Document type: Sale
Year: 1430
Scribe: [Unknown]
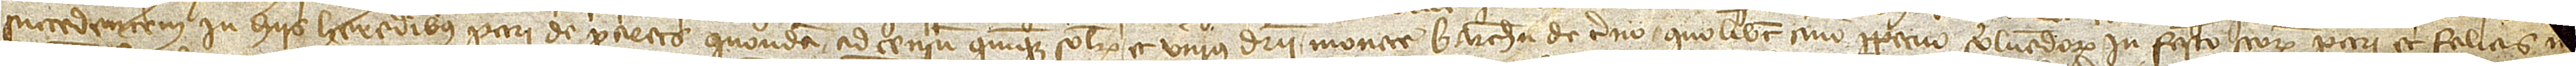
succedentem in hiis heredibus Petri de Parets, quondam, ad censum quinque solidorum et unius denarii monete Barchinone de terno quolibet anno perpetuo solvendorum in festo Sanctorum Petri et Felicis [mensis]